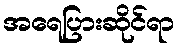
အရေပြားဆိုင်ရာ